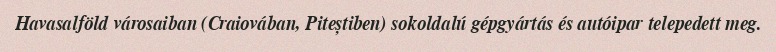
Havasalföld városaiban (Craiovában, Piteștiben) sokoldalú gépgyártás és autóipar telepedett meg.